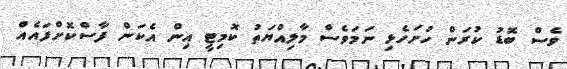
ވެސް ބޮޑު ކުރަން ހުށަހެޅި ނަމަވެސް މާލިއްޔަތު ކޮމިޓީ އިން އެކަން ފާސްކޮށްފައެއް